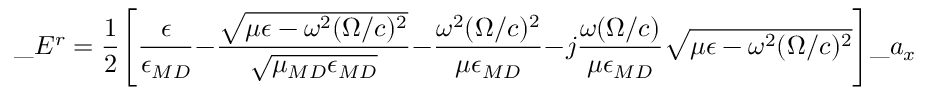
\_ E ^ { r } = { \frac { 1 } { 2 } } \Bigg [ { \frac { \epsilon } { \epsilon _ { \/ { M D } } } } - { \frac { \sqrt { \mu \epsilon - \omega ^ { 2 } ( \Omega / c ) ^ { 2 } } } { \sqrt { \mu _ { \/ { M D } } \epsilon _ { \/ { M D } } } } } - { \frac { \omega ^ { 2 } ( \Omega / c ) ^ { 2 } } { \mu \epsilon _ { \/ { M D } } } } - j { \frac { \omega ( \Omega / c ) } { \mu \epsilon _ { \/ { M D } } } } \sqrt { \mu \epsilon - \omega ^ { 2 } ( \Omega / c ) ^ { 2 } } \Bigg ] \_ a _ { x }